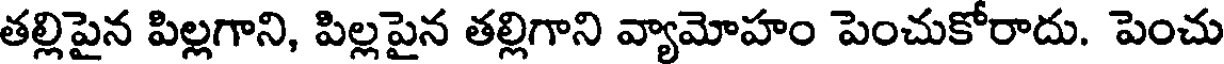
తల్లిపైన పిల్లగాని, పిల్లపైన తల్లిగాని వ్యామోహం పెంచుకోరాదు. పెంచు